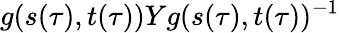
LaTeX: g(s(\tau),t(\tau))Yg(s(\tau),t(\tau))^{-1}